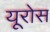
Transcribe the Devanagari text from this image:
यूरोस